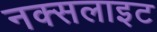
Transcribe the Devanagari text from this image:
नक्सलाइट